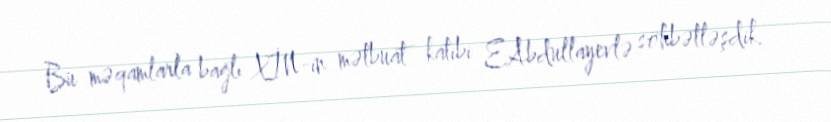
Bu məqamlarla bağlı XİN-in mətbuat katibi E.Abdullayevlə söhbətləşdik.